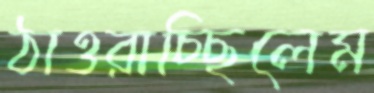
ঠাওরাচ্ছিলেম